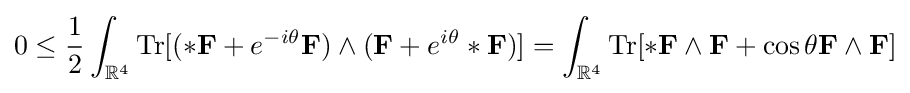
0\leq {\frac {1}{2}}\int _{\mathbb {R} ^{4}}\operatorname {Tr} [(*\mathbf {F} +e^{-i\theta }\mathbf {F} )\wedge (\mathbf {F} +e^{i\theta }*\mathbf {F} )]=\int _{\mathbb {R} ^{4}}\operatorname {Tr} [*\mathbf {F} \wedge \mathbf {F} +\cos \theta \mathbf {F} \wedge \mathbf {F} ]